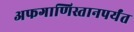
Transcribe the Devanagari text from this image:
अफगाणिस्तानपर्यंत